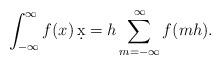
LaTeX: \begin{align*} \int_{-\infty}^\infty f(x)\,\d x =h \sum_{m=-\infty}^\infty f(mh). \end{align*}